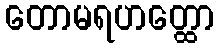
တောမရဟတ္ထော